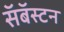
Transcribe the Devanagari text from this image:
सॅबॅस्टन